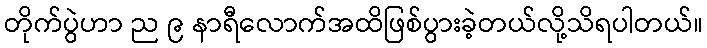
တိုက်ပွဲဟာ ည ၉ နာရီလောက်အထိဖြစ်ပွားခဲ့တယ်လို့သိရပါတယ်။